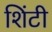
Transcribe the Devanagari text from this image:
शिंटी